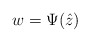
\begin{align*}w=\Psi(\hat z)\end{align*}